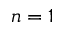
n = 1